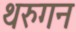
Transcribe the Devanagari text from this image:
थरुगन